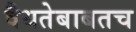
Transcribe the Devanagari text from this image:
वैधतेबाबतच